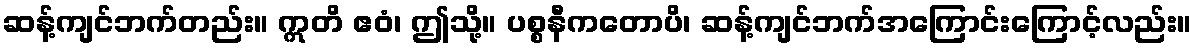
ဆန့်ကျင်ဘက်တည်း။ ဣတိ ဧဝံ၊ ဤသို့။ ပစ္စနီကတောပိ၊ ဆန့်ကျင်ဘက်အကြောင်းကြောင့်လည်း။